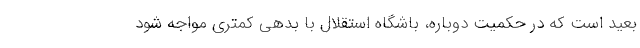
بعید است که در حکمیت دوباره، باشگاه استقلال با بدهی کمتری مواجه شود